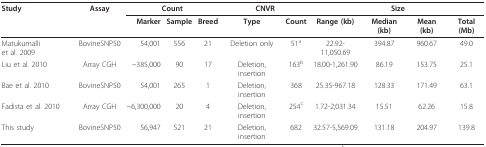
| Study | Assay | <COLSPAN=3> Count | <COLSPAN=2> CNVR | <COLSPAN=4> Size |
 |  |  | Marker | Sample | Breed | Type | Count | Range (kb) | Median (kb) | Mean (kb) | Total (Mb) |
 | --- | --- | --- | --- | --- | --- | --- | --- | --- | --- | --- |
 | Matukumalli et al. 2009 | BovineSNP50 | 54,001 | 556 | 21 | Deletion only | 51a | 22.92-11,050.69 | 394.87 | 960.67 | 49.0 |
 | Liu et al. 2010 | Array CGH | ~385,000 | 90 | 17 | Deletion,insertion | 163b | 18.00-1,261.90 | 86.19 | 153.75 | 25.1 |
 | Bae et al. 2010 | BovineSNP50 | 54,001 | 265 | 1 | Deletion,insertion | 368 | 25.35-967.18 | 128.33 | 171.49 | 63.1 |
 | Fadista et al. 2010 | Array CGH | ~6,300,000 | 20 | 4 | Deletion,insertion | 254c | 1.72-2,031.34 | 15.51 | 62.26 | 15.8 |
 | This study | BovineSNP50 | 56,947 | 521 | 21 | Deletion, insertion | 682 | 32.57-5,569.09 | 131.18 | 204.97 | 139.8 |